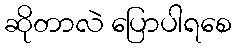
ဆိုတာလဲ ပြောပါရစေ